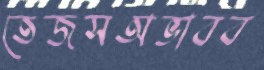
তেজসঅভাবব